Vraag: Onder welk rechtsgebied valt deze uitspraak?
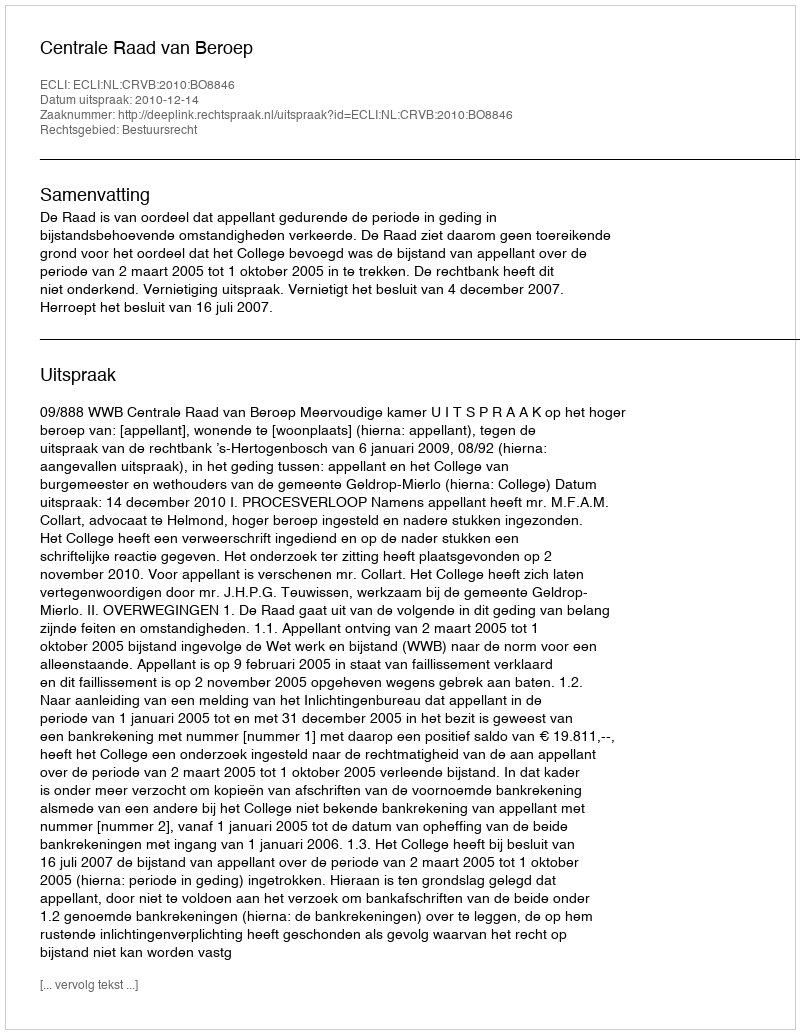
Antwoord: Bestuursrecht